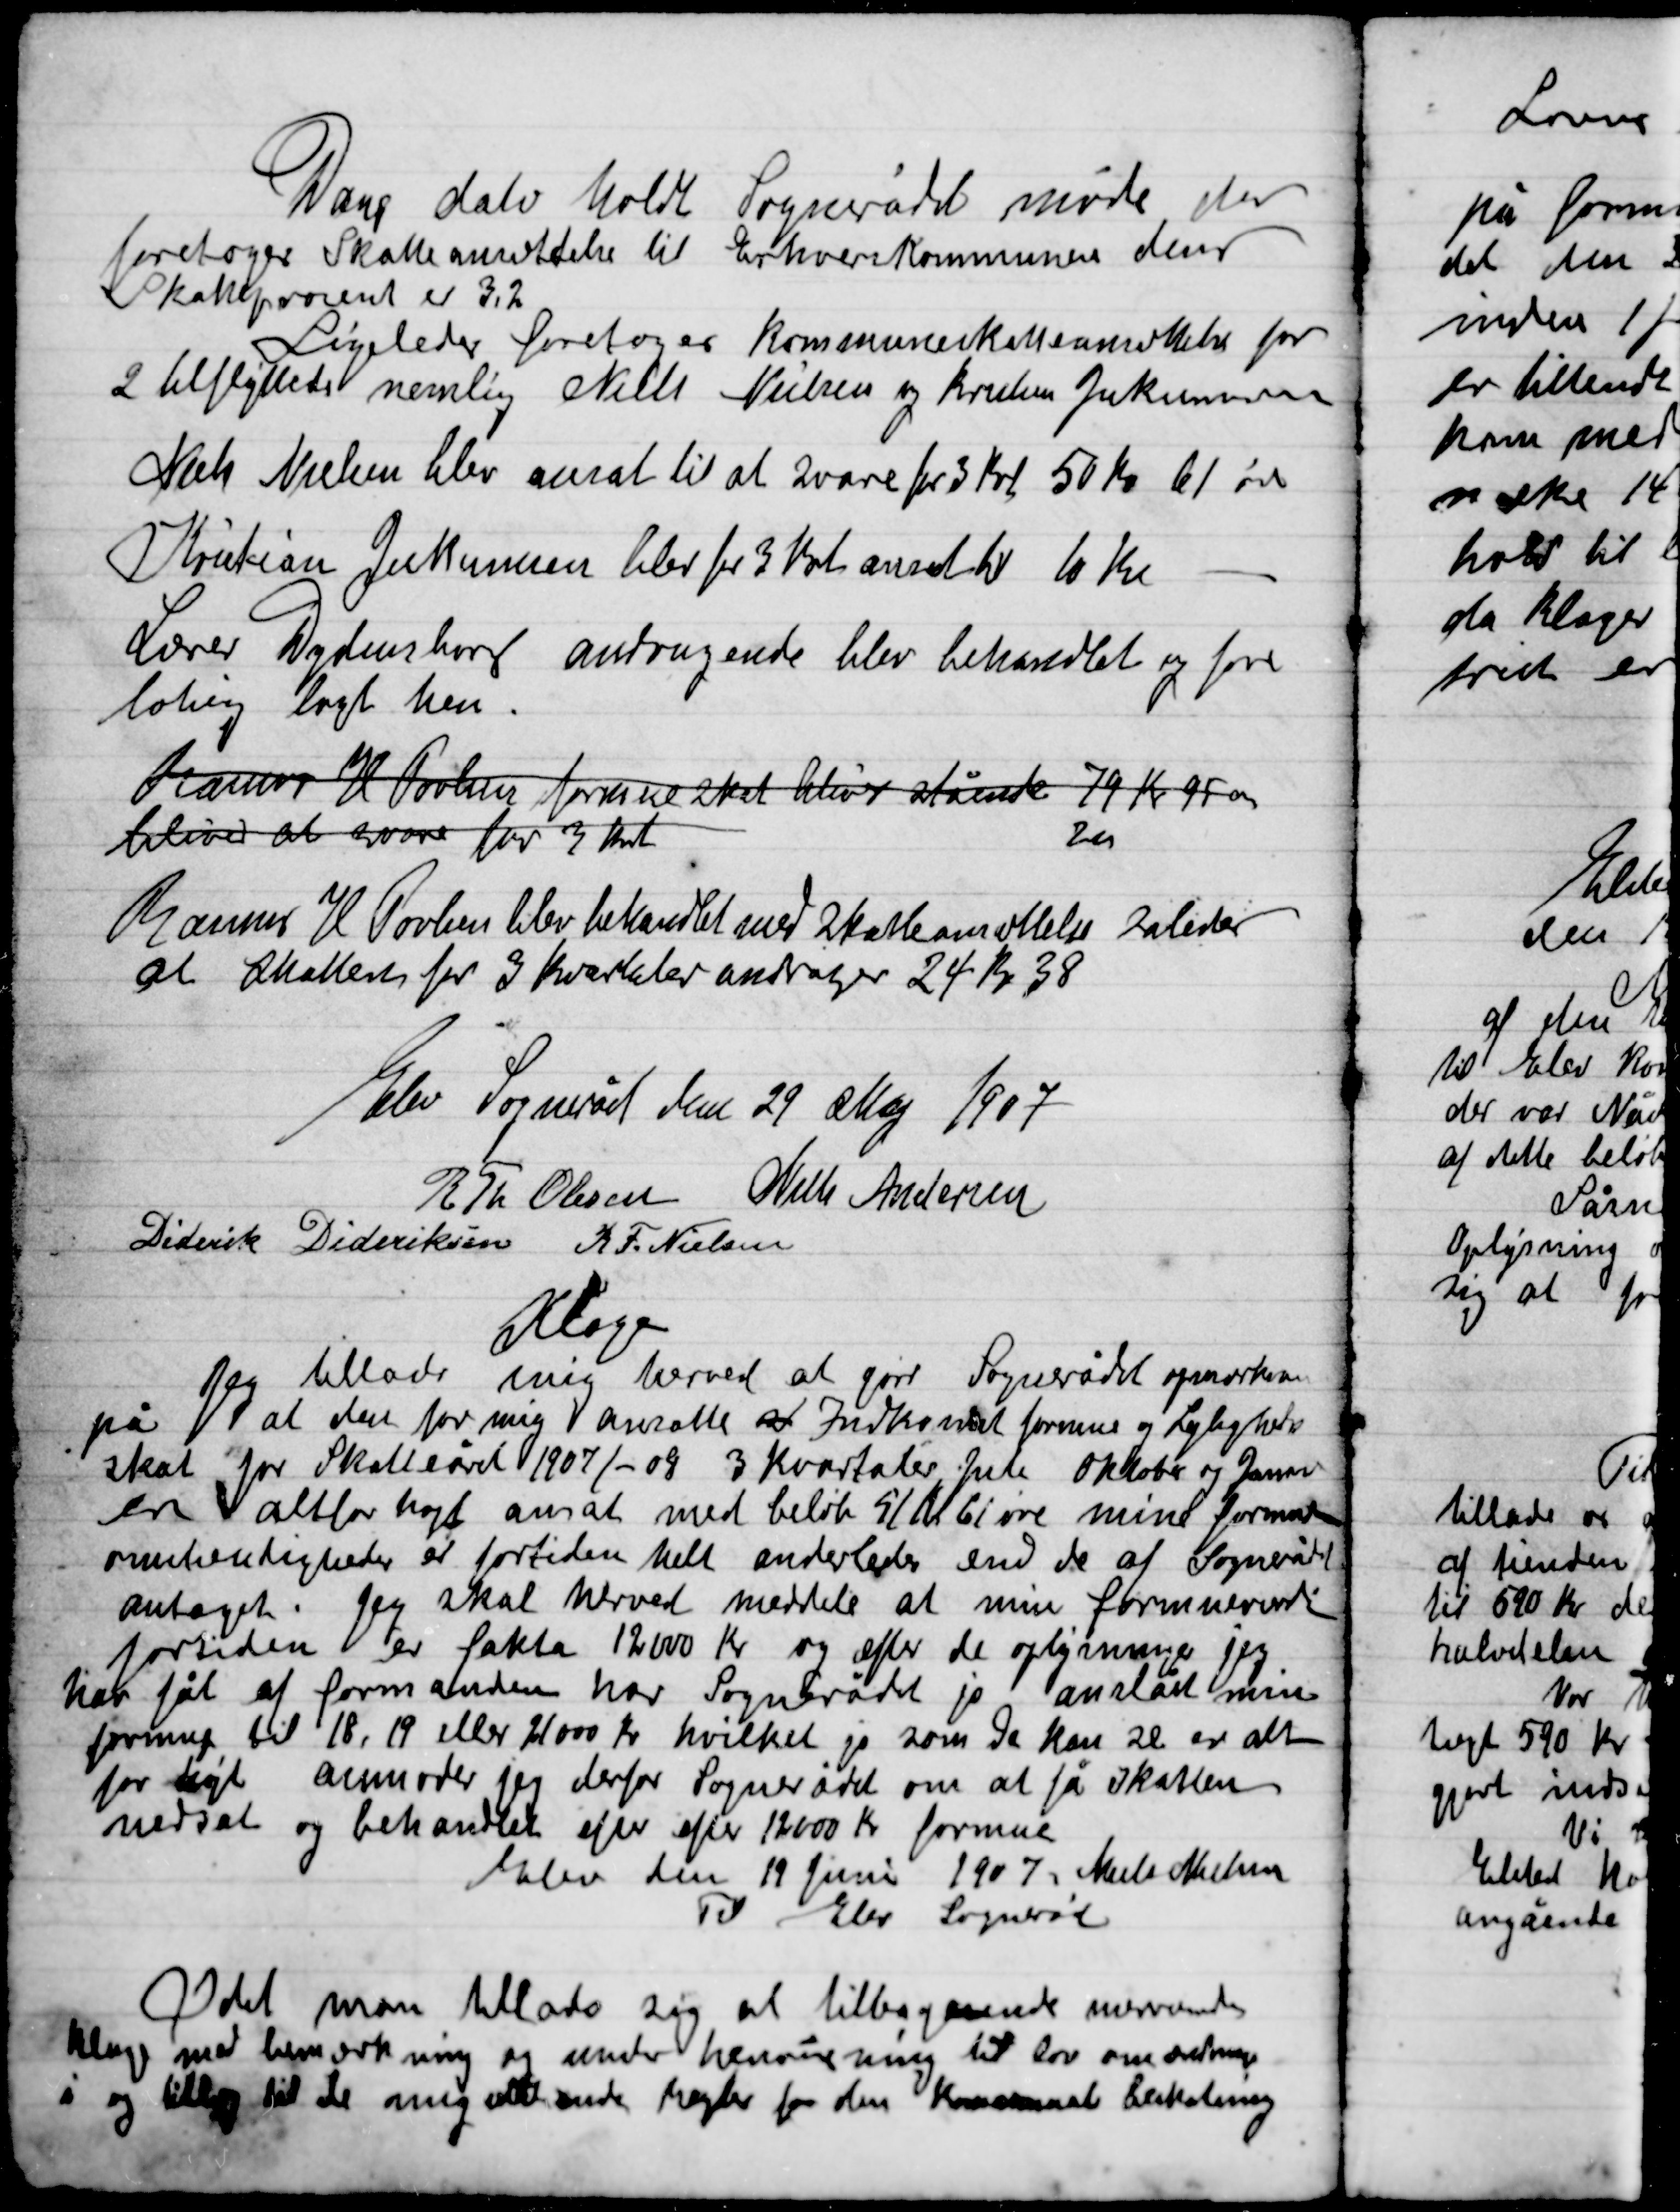
Transskription:
Dags dato holdt Sognerådet møde der
foretoges Skatteansættelse til Erhvervs Kommunerne dens
Skatteprocent er 3,2
Ligeledes foretoges Kommuneskatteansættelse for
2 tilflyttet nemlig Niels Nielsen og Kristian Jokumsens
Niels Nielsen blev ansat til at svare frikort 50 Kr. 61 øre
Kristian Jokumsens blev for 3 Kvt. ansat til 10 Kr.
Lærer Dydensborg andragende blev behandlet og fore-
løbig lagt hen.
Rasmus H. Poulsen formue skat bliver stående 	79 Kr. 95 Øre
bliver at svare for 3 Kvt. 											20
Rasmus H. Poulsen blev behandlet med Skatteansættelse således
at skatten for 3 Kvt. andrager 24 Kr. 38

Elev Sogneråd den 29 Maj 1907

R. Th. Olsen
Niels Andersen
Diderik Dideriksen
K. F. Nielsen

Klage
Jeg tillader mig herved at gøre Sognerådet opmærksom
på at den for mig ansatte at Indkomst formue og Lejlighed
skal for Skatteåret 1907/ - 08  3 Kvartaler Juli, Oktober og Januar
en altfor højt ansat med beløb 51 Kr. 61 øre min formue
omstændigheden er fortiden helt anderledes end de af Sognerådet
antaget. Jeg skal herved meddele at min formue
fortiden er fakta 12000 Kr. og efter de oplysninger jeg
har fået af formanden har Sognerådet jo anslået min
formue til 18, 19 eller 21000 Kr. hvilket jo som De kan se er alt
for højt anmoder jeg derfor Sognerådet om at få skatten
nedsat og behandlet efter efter 12000 Kr. formue
Elev den 19 Juni 1907 Niels Nielsen
Til Elev Sogneråd

Idet man tillader sig at tilbagesende
Klage med bemærkning og under henvisning til lov om
I og tillæg til de mig  magter for den Kommunale beskatning